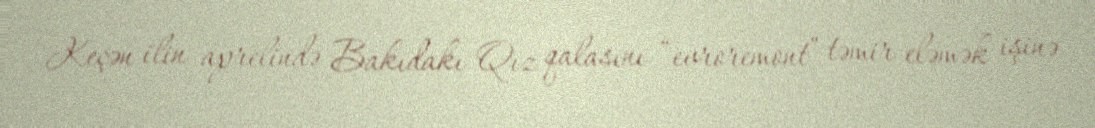
Keçən ilin aprelində Bakıdakı Qız qalasını “evroremont” təmir eləmək işinə